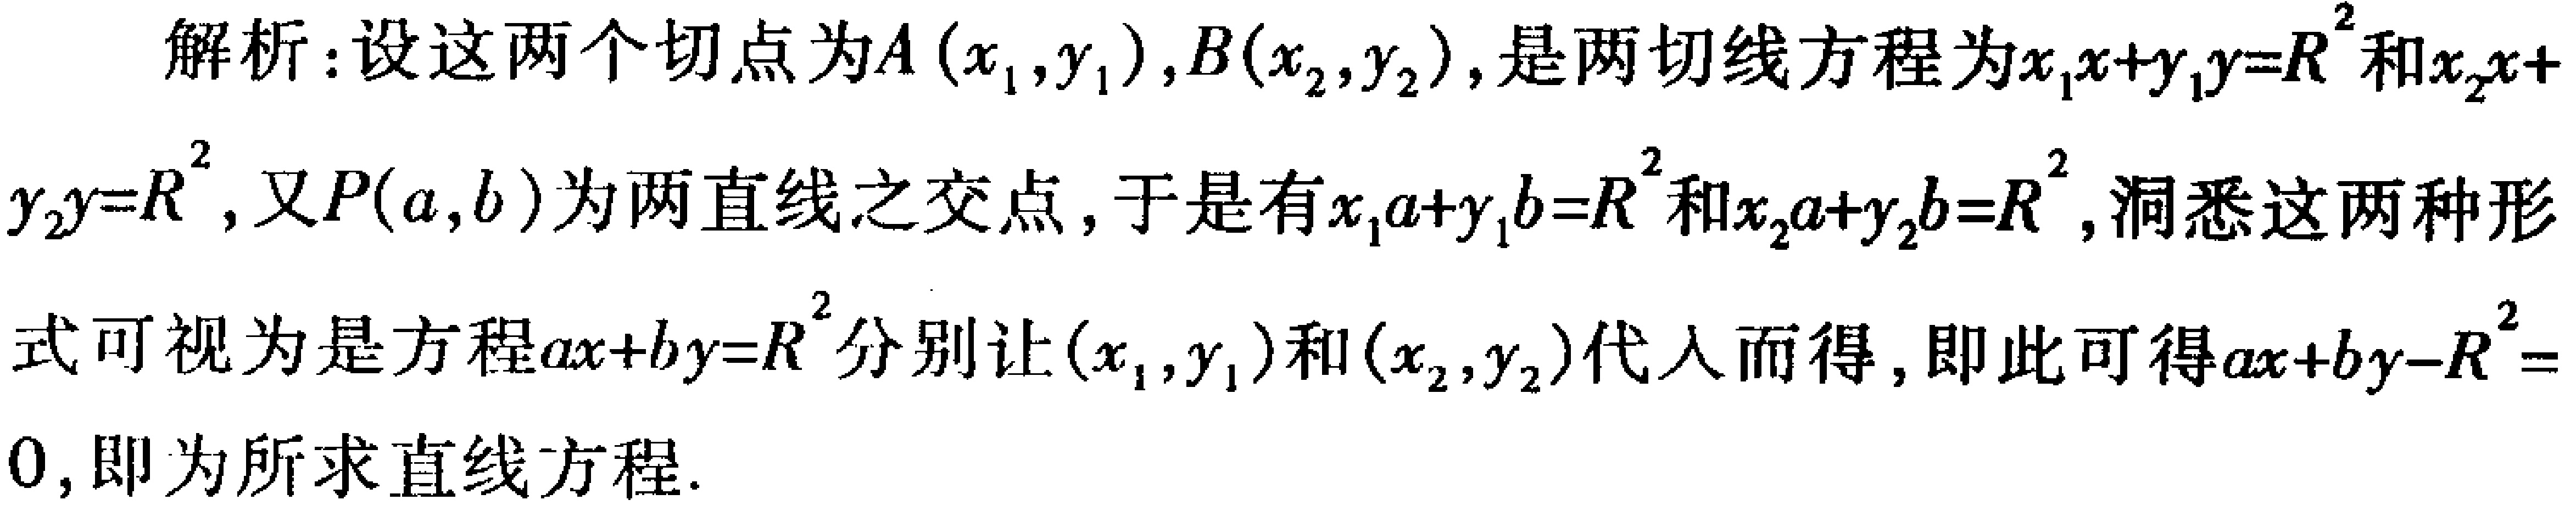
解析：设这两个切点为\(A(x_1,y_1),B(x_2,y_2)\)，是两切线方程为\(x_1x + y_1y = R^{2}\)和\(x_2x + y_2y = R^{2}\)，又\(P(a,b)\)为两直线之交点，于是有\(x_1a + y_1b = R^{2}\)和\(x_2a + y_2b = R^{2}\)，洞悉这两种形式可视为是方程\(ax + by = R^{2}\)分别让\((x_1,y_1)\)和\((x_2,y_2)\)代入而得，即此可得\(ax + by - R^{2}=0\)，即为所求直线方程.